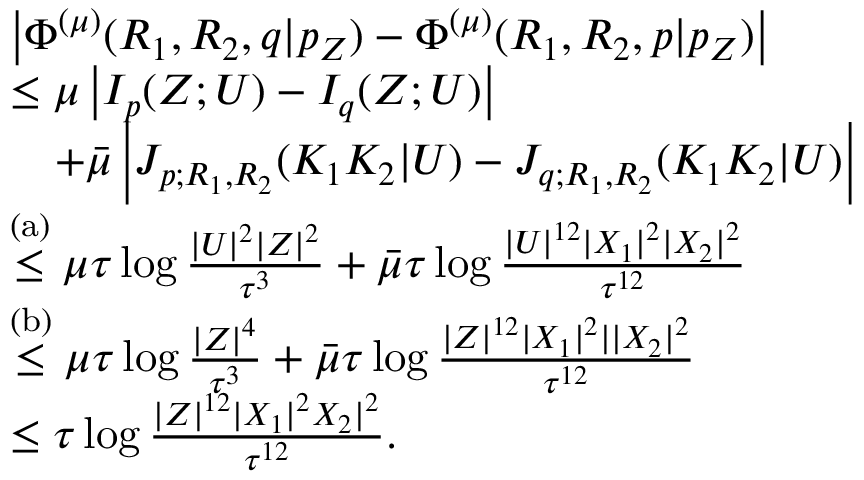
\begin{array} { r l } & { \left| \Phi ^ { ( \mu ) } ( R _ { 1 } , R _ { 2 } , q | p _ { Z } ) - \Phi ^ { ( \mu ) } ( R _ { 1 } , R _ { 2 } , p | p _ { Z } ) \right| } \\ & { \leq \mu \left| I _ { p } ( Z ; U ) - I _ { q } ( Z ; U ) \right| } \\ & { \quad + \bar { \mu } \left| J _ { p ; R _ { 1 } , R _ { 2 } } ( K _ { 1 } K _ { 2 } | U ) - J _ { q ; R _ { 1 } , R _ { 2 } } ( K _ { 1 } K _ { 2 } | U ) \right| } \\ & { \stackrel { \mathrm { ( a ) } } { \leq } { \mu } \tau \log \frac { | { \cal U } | ^ { 2 } | { \cal Z } | ^ { 2 } } { \tau ^ { 3 } } + \bar { \mu } \tau \log \frac { | { \cal U } | ^ { 1 2 } | { \cal X } _ { 1 } | ^ { 2 } | { \cal X } _ { 2 } | ^ { 2 } } { \tau ^ { 1 2 } } } \\ & { \stackrel { \mathrm { ( b ) } } { \leq } { \mu } \tau \log \frac { | { \cal Z } | ^ { 4 } } { \tau ^ { 3 } } + \bar { \mu } \tau \log \frac { | { \cal Z } | ^ { 1 2 } | { \cal X } _ { 1 } | ^ { 2 } | | { \cal X } _ { 2 } | ^ { 2 } } { \tau ^ { 1 2 } } } \\ & { \leq \tau \log \frac { | { \cal Z } | ^ { 1 2 } | { \cal X } _ { 1 } | ^ { 2 } { \cal X } _ { 2 } | ^ { 2 } } { \tau ^ { 1 2 } } . } \end{array}